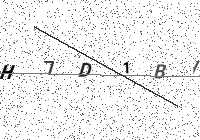
Text: H7D1BI